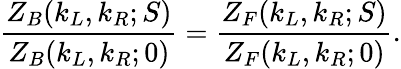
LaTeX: {\frac{Z_{B}(k_{L},k_{R};S)}{Z_{B}(k_{L},k_{R};0)}}={\frac{Z_{F}(k_{L},k_{R};S)}{Z_{F}(k_{L},k_{R};0)}}.